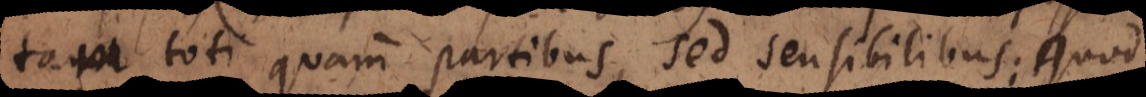
tam toti quam partibus, sed sensibilibus; quod